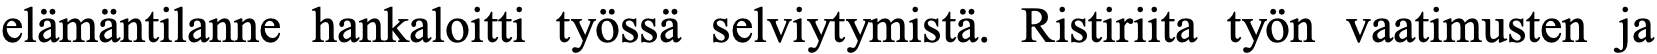
elämäntilanne hankaloitti työssä selviytymistä. Ristiriita työn vaatimusten ja